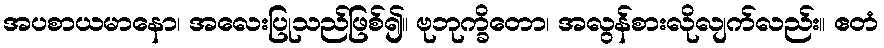
အပစာယမာနော၊ အလေးပြုသည်ဖြစ်၍။ ဗုဘုက္ခိတော၊ အလွန်စားလိုလျက်လည်း။ ဧတံ